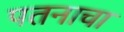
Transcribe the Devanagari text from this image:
पतनाचा